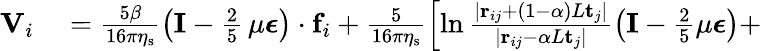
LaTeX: \begin{array}{rl}{\mathbf{V}_{i}}&{{}=\frac{5\beta}{16\pi\eta_{\mathrm{s}}}\left(\mathbf{I}-\frac{2}{5}\, \mu\boldsymbol{\epsilon}\right)\cdot\mathbf{f}_{i}+\frac{5}{16\pi\eta_{\mathrm{s}}}\left[\ln\frac{|\mathbf{r}_{ij}+(1-\alpha)L\mathbf{t}_{j}|}{|\mathbf{r}_{ij}-\alpha L\mathbf{t}_{j}|}\left(\mathbf{I}-\frac{2}{5}\mu\boldsymbol{\epsilon}\right)+\right.}\end{array}